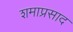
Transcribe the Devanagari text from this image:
शमाप्रसाद